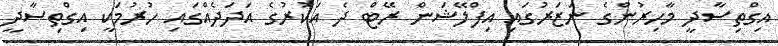
އިގްތިސާދީ މާހިރުންގެ ނަޒަރުގައި އިފްލޭޝަން ރޭޓް ދެ އަކުރުގެ އަދަދެއްގައި ހުރުމަކީ އިގްތިސާދީ